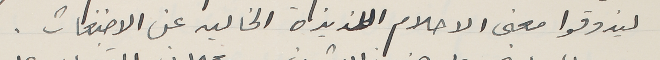
ليذوقوا معنى الاحلام اللذيذة الخاليه عن الاضغاث.